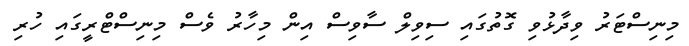
މިނިސްޓަރު ވިދާޅުވި ގޮތުގައި ސިވިލް ސާވިސް އިން މިހާރު ވެސް މިނިސްޓްރީގައި ހުރި